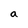
Character: a